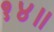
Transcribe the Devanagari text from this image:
१४॥